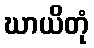
ဃာယိတုံ